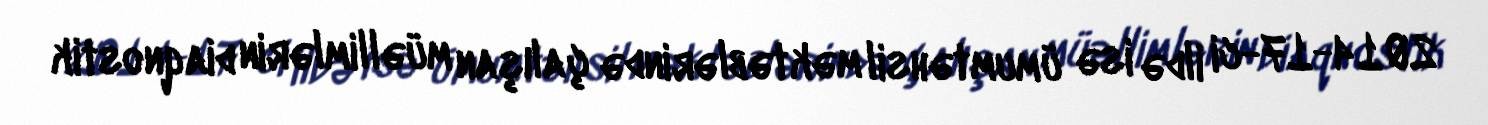
2014-17-ci ildə isə ümumtəhsil məktəblərində çalışan müəllimlərin diaqnostik